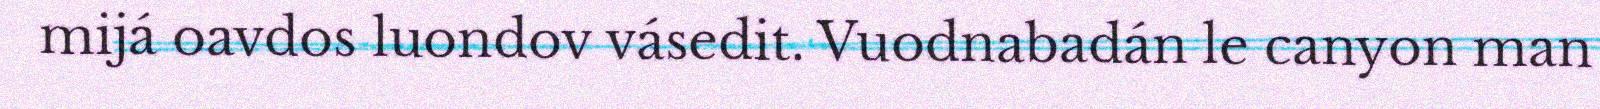
mijá oavdos luondov vásedit. Vuodnabadán le canyon man